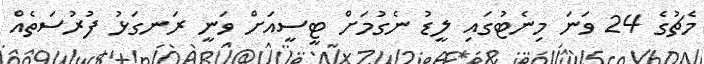
މެޗުގެ 24 ވަނަ މިނެޓުގައި ލީޑު ނެގުމަށް ޓީސީއަށް ވަނީ ރަނގަޅު ފުރުސަތެއް